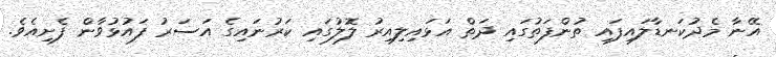
އޭނާ މެދުކަނޑާލައިފައި ތުންފަތުގައި ދަތް އަޅައިލިއިރު ލޮލުގައި ކަރުނައިގެ އަސަރު ފައުޅުވާން ފެށިއެވެ.